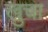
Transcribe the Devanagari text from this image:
खुचा